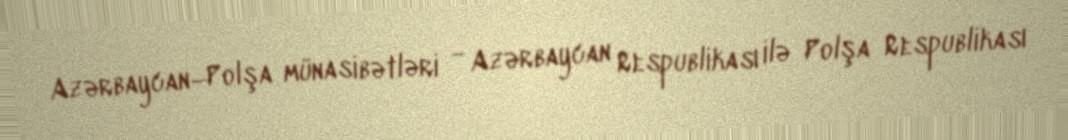
Azərbaycan–Polşa münasibətləri — Azərbaycan Respublikası ilə Polşa Respublikası